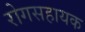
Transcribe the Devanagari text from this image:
रोगसहायक